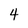
Character: 4